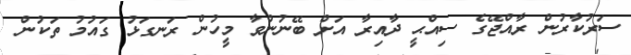
ސަރުކާރުން ރާއްޖޭގެ ސިއްޙީ ދާއިރާ އަށް ބޭނުންވާ މީހުން ރަނގަޅު ގައުމު ތަކުން